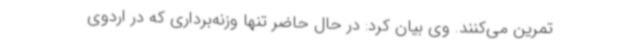
تمرین می‌کنند. وی بیان کرد: در حال حاضر تنها وزنه‌برداری که در اردوی